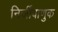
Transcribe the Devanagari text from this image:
निर्जीवाणुक